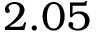
2 . 0 5